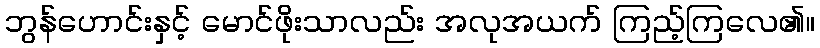
ဘွန်ဟောင်းနှင့် မောင်ဖိုးသာလည်း အလုအယက် ကြည့်ကြလေ၏။